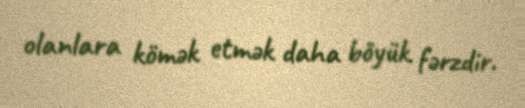
olanlara kömək etmək daha böyük fərzdir.